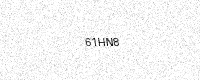
Text: 61HN8